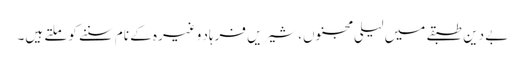
بے دین طبقے میں لیلی مجنوں، شیریں فرہاد وغیرہ کے نام سننے کو ملتے ہیں۔